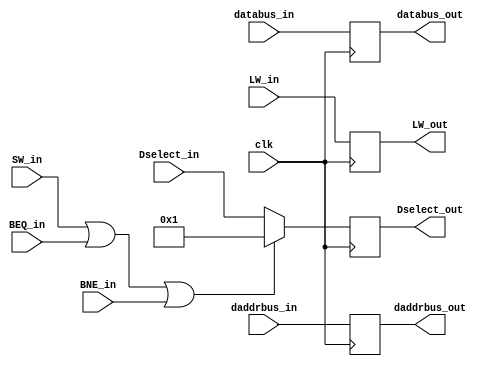
`timescale 1ns / 1ps
//////////////////////////////////////////////////////////////////////////////////
// Aryan Mehrotra
// 
// Module Name: MEM/WB D Flip-Flop
// Project Name: Assignment 7
//////////////////////////////////////////////////////////////////////////////////


module MEMWBDFF(daddrbus_in, databus_in, Dselect_in, clk, SW_in, LW_in, BEQ_in, BNE_in, daddrbus_out, databus_out, Dselect_out, LW_out);
     //Declare inputs and outputs
    input[31:0] daddrbus_in, databus_in, Dselect_in;
    input clk, SW_in, LW_in, BEQ_in, BNE_in;
    output reg[31:0] daddrbus_out, databus_out, Dselect_out;
    output reg LW_out; 
    //Assign flip-flop values
    always @(posedge clk) begin
        daddrbus_out = daddrbus_in;
        databus_out = databus_in;
        Dselect_out = (SW_in || BEQ_in || BNE_in) ? 32'h00000001 : Dselect_in;
        LW_out = LW_in;
    end

endmodule